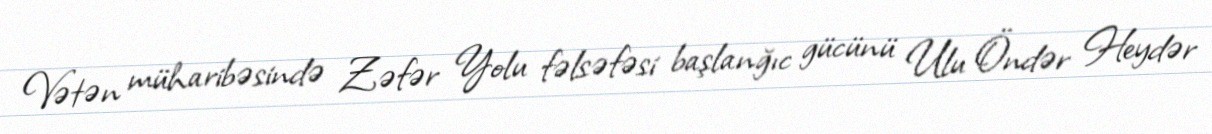
Vətən müharibəsində Zəfər Yolu fəlsəfəsi başlanğıc gücünü Ulu Öndər Heydər